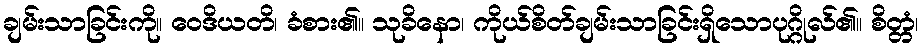
ချမ်းသာခြင်းကို။ ဝေဒိယတိ၊ ခံစား၏။ သုခိနော၊ ကိုယ်စိတ်ချမ်းသာခြင်းရှိသောပုဂ္ဂိုလ်၏။ စိတ္တံ၊